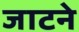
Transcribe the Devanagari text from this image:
जाटने